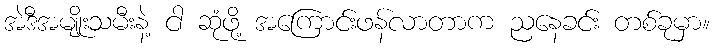
အဲဒီအမျိုးသမီးနဲ့ ငါ ဆုံဖို့ အကြောင်းဖန်လာတာက ညနေခင်း တစ်ခုမှာ။